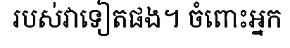
របស់វាទៀតផង។ ចំពោះអ្នក